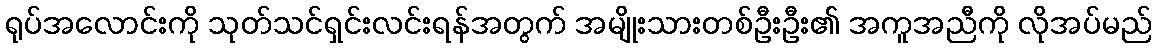
ရုပ်အလောင်းကို သုတ်သင်ရှင်းလင်းရန်အတွက် အမျိုးသားတစ်ဦးဦး၏ အကူအညီကို လိုအပ်မည်